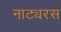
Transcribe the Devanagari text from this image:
नाट्यरस